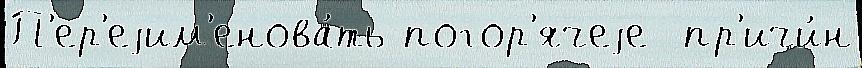
П'ер'еjим'енова́ть погор'ячеjе  пр'ичи́н